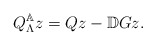
\begin{align*} Q_\Lambda^\mathbb{A}z=Qz-\mathbb{D}Gz.\end{align*}